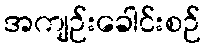
အကျဉ်းခေါင်းစဉ်